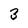
Character: 3